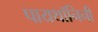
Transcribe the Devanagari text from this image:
पायथॉनिनी